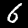
Label: 6